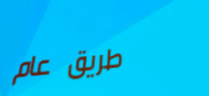
طريق عام